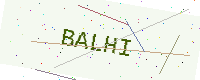
Text: BALHI